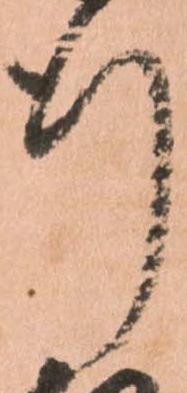
行